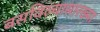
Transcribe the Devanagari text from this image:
बसविल्यासारख्या